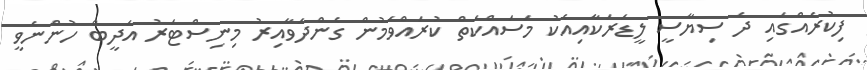
ފިކުރެއްގައި ދެ ސިޔާސީ ލީޑަރަކާއިއެކު މަސައްކަތް ކުރައްވަމުން ގެންދަވާއިރު މިނިސްޓަރު އަދީބް ހުންނެވީ